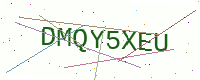
Text: DMQY5XEU